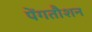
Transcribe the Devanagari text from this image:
पेंगतौशन